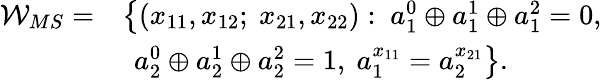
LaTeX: \begin{array}{rl}{\mathcal{W}_{MS}=}&{\left\{ (x_{11},x_{12};~x_{21},x_{22}):~a_{1}^{0}\oplus a_{1}^{1}\oplus a_{1}^{2}=0,\right.}\\ &{~\left.a_{2}^{0}\oplus a_{2}^{1}\oplus a_{2}^{2}=1,~a_{1}^{x_{11}}=a_{2}^{x_{21}}\right\} .}\end{array}